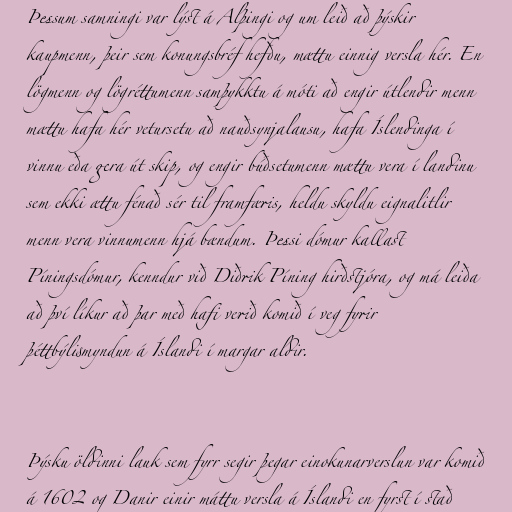
Þessum samningi var lýst á Alþingi og um leið að þýskir
kaupmenn, þeir sem konungsbréf hefðu, mættu einnig versla hér. En
lögmenn og lögréttumenn samþykktu á móti að engir útlendir menn
mættu hafa hér vetursetu að nauðsynjalausu, hafa Íslendinga í
vinnu eða gera út skip, og engir búðsetumenn mættu vera í landinu
sem ekki ættu fénað sér til framfæris, heldu skyldu eignalitlir
menn vera vinnumenn hjá bændum. Þessi dómur kallast
Píningsdómur, kenndur við Diðrik Píning hirðstjóra, og má leiða
að því líkur að þar með hafi verið komið í veg fyrir
þéttbýlismyndun á Íslandi í margar aldir.

Þýsku öldinni lauk sem fyrr segir þegar einokunarverslun var komið
á 1602 og Danir einir máttu versla á Íslandi en fyrst í stað